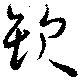
欫